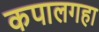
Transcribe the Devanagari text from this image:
कपालगहा